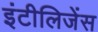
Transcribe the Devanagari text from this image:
इंटीलिजेंस